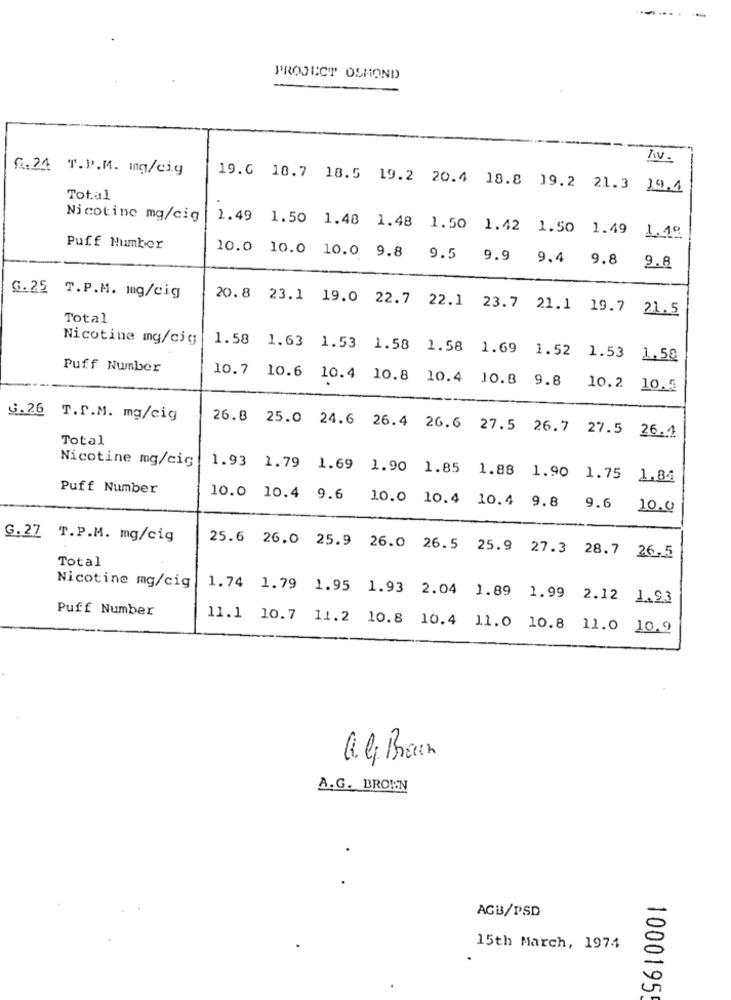
PROJECT OSMOND
T.v.
G.24 T.P.M. mg/cig
19.0 10.7 18.5 19.2 20.4 18.8 19.2 21.3 19.4
Total
Nicotine mg/cig
1.49 1.50 1.48 1.48 1.50 1.42 1.50 1.49 1.19
Puff Number
10.0 10.0 10.0 9.8 9.5 9.9 9.4 9.8
9.8
G.25 T.P.M. mg/cig
20.8 23.1 19.0 22.7 22.1 23.7 21.1 19.7 21.5
Total
Nicotine mg/cjg;
1.58 1.63 1.53 1.58 1.58 1.69 1.52 1.53 1.50
Puff Number
10.7 10.6 10.4 10.8 10.4 10.8 9.8
10.2 10.5
G.26 T.S.M. mg/cig
26.8 25.0 24.6 26.4 26.6 27.5 26.7 27.5 26.4
Total
Nicotine mg/cig
1.93 1.79 1.69 1.90 1.85 1.88 1.90 1.75 1.84
Puff Number
10.0 10.4 9.6
10.0 10.4 10.4 9.8
9.6 10.0
G.27 T.P.M. mg/cig
25.6 26.0 25.9 26.0 26.5 25.9 27.3 28.7 26.5
Total
Nicotine mg/cig
1.74 1.79 1.95 1.93 2.04 1.89 1.99 2.12 1.93
Puff Number
11.1 10.7 11.2 10.8 10.4 11.0 10.8 11.0 10.9
A.G. BROWN
AGB/PSD
15th March, 1974
1000195